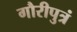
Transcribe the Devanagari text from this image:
गौरीपुत्रं